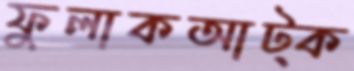
ফুলাকআট্‌ক